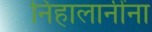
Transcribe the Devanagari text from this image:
निहालानींना